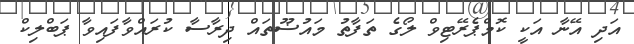
އަދި އޭނާ އަކީ ކޮމްޕެރޭޓިވް ލޯގެ ތަފާތު މައުޟޫތައް ދިރާސާ ކުރައްވާފައިވާ ޕަބްލިކް